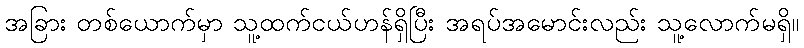
အခြား တစ်ယောက်မှာ သူ့ထက်ငယ်ဟန်ရှိပြီး အရပ်အမောင်းလည်း သူ့လောက်မရှိ။